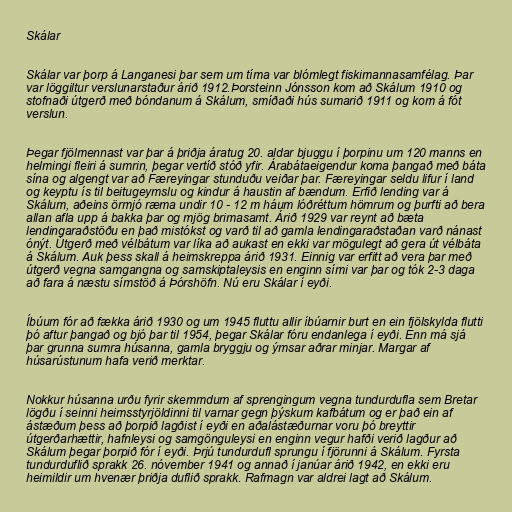
Skálar

Skálar var þorp á Langanesi þar sem um tíma var blómlegt fiskimannasamfélag. Þar
var löggiltur verslunarstaður árið 1912.Þorsteinn Jónsson kom að Skálum 1910 og
stofnaði útgerð með bóndanum á Skálum, smíðaði hús sumarið 1911 og kom á fót
verslun.

Þegar fjölmennast var þar á þriðja áratug 20. aldar bjuggu í þorpinu um 120 manns en
helmingi fleiri á sumrin, þegar vertíð stóð yfir. Árabátaeigendur koma þangað með báta
sína og algengt var að Færeyingar stunduðu veiðar þar. Færeyingar seldu lifur í land
og keyptu ís til beitugeymslu og kindur á haustin af bændum. Erfið lending var á
Skálum, aðeins örmjó ræma undir 10 - 12 m háum lóðréttum hömrum og þurfti að bera
allan afla upp á bakka þar og mjög brimasamt. Árið 1929 var reynt að bæta
lendingaraðstöðu en það mistókst og varð til að gamla lendingaraðstaðan varð nánast
ónýt. Útgerð með vélbátum var líka að aukast en ekki var mögulegt að gera út vélbáta
á Skálum. Auk þess skall á heimskreppa árið 1931. Einnig var erfitt að vera þar með
útgerð vegna samgangna og samskiptaleysis en enginn sími var þar og tók 2-3 daga
að fara á næstu símstöð á Þórshöfn. Nú eru Skálar í eyði.

Íbúum fór að fækka árið 1930 og um 1945 fluttu allir íbúarnir burt en ein fjölskylda flutti
þó aftur þangað og bjó þar til 1954, þegar Skálar fóru endanlega í eyði. Enn má sjá
þar grunna sumra húsanna, gamla bryggju og ýmsar aðrar minjar. Margar af
húsarústunum hafa verið merktar.

Nokkur húsanna urðu fyrir skemmdum af sprengingum vegna tundurdufla sem Bretar
lögðu í seinni heimsstyrjöldinni til varnar gegn þýskum kafbátum og er það ein af
ástæðum þess að þorpið lagðist í eyði en aðalástæðurnar voru þó breyttir
útgerðarhættir, hafnleysi og samgönguleysi en enginn vegur hafði verið lagður að
Skálum þegar þorpið fór í eyði. Þrjú tundurdufl sprungu í fjörunni á Skálum. Fyrsta
tundurduflið sprakk 26. nóvember 1941 og annað í janúar árið 1942, en ekki eru
heimildir um hvenær þriðja duflið sprakk. Rafmagn var aldrei lagt að Skálum.